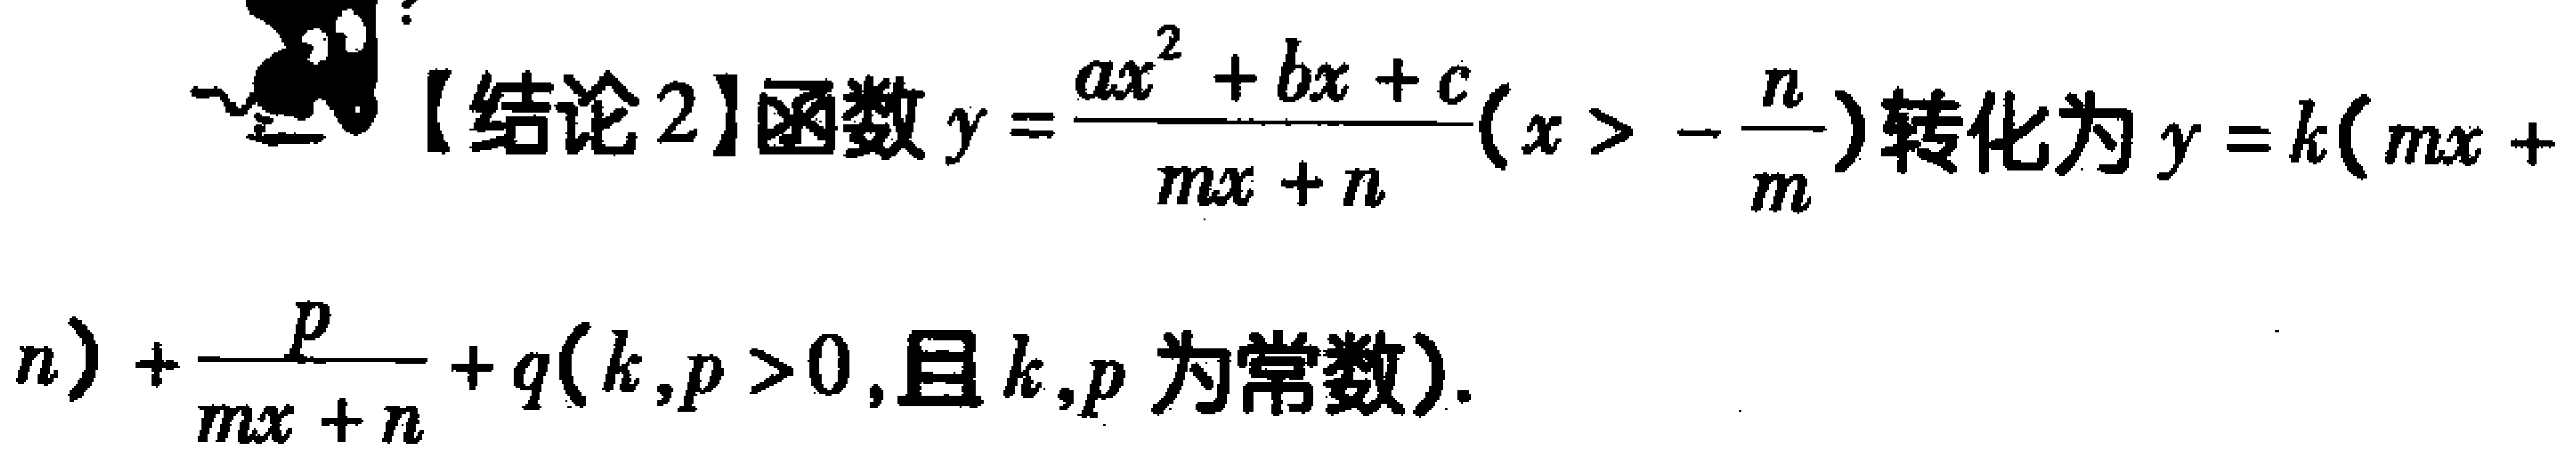
【结论2】函数\(y = \frac{ax^{2}+bx + c}{mx + n}(x > -\frac{n}{m})\)转化为\(y = k(mx + n)+\frac{p}{mx + n}+q(k,p > 0,\text{且}k,p\text{为常数})\)。